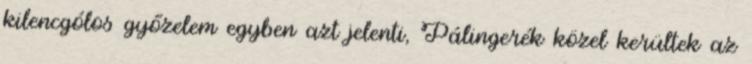
kilencgólos győzelem egyben azt jelenti, Pálingerék közel kerültek az